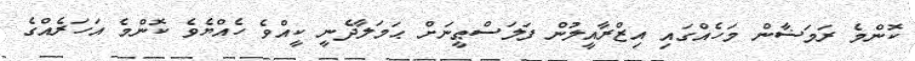
ކޮންމެ ރަމަޟާން މަހެއްގައި އިޒްރާއީލުން ފަލަސްޠީނަށް ޙަމަލާދެނީ ކީއްވެ ހެއްޔެވެ ކޮންމެ އަހަރެއްގެ